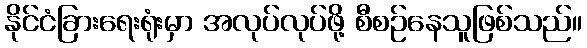
နိုင်ငံခြားရေးရုံးမှာ အလုပ်လုပ်ဖို့ စီစဉ်နေသူဖြစ်သည်။